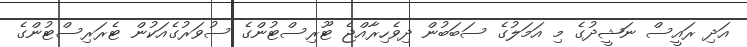
އަދި ރައީސް ނަޝީދުގެ މި އަމަލުގެ ސަބަބުން ދިވެހިރާއްޖެ ޓޫރިސްޓުންގެ ސުވަރުގެއަކުން ޓެރަރިސްޓުންގެ